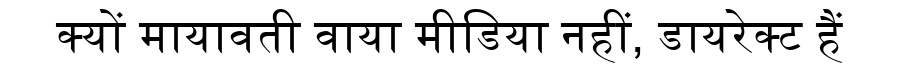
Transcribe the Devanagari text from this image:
क्यों मायावती वाया मीडिया नहीं, डायरेक्ट हैं